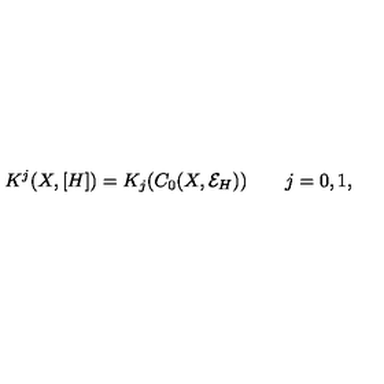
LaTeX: K ^ { j } ( X , [ H ] ) = K _ { j } ( C _ { 0 } ( X , { \mathcal E } _ { H } ) ) \qquad j = 0 , 1 ,